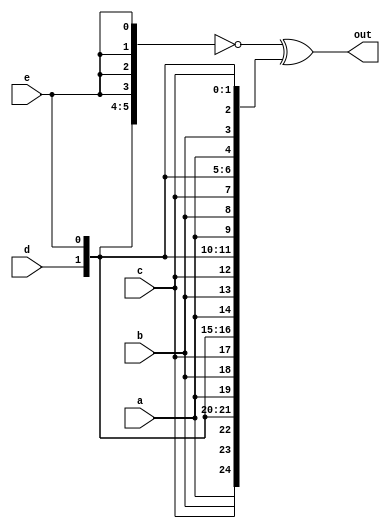
// SPDX-License-Identifier: MIT

module top_module (
    input a, b, c, d, e,
    output [24:0] out );//

    // The output is XNOR of two vectors created by 
    // concatenating and replicating the five inputs.
    assign out = ~{ {5{a}}, {5{b}}, {5{c}}, {5{d}}, {5{e}} } ^ {5{a, b, c, d, e}};

endmodule